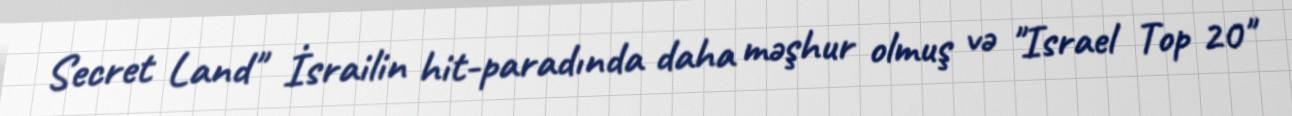
Secret Land" İsrailin hit-paradında daha məşhur olmuş və "Israel Top 20"